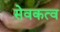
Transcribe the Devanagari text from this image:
सेवकत्व